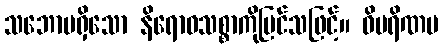
သဘောမရှိသော နိရောဓသစ္စာကိုမြင်သဖြင့်။ ဝိပရိဏမ